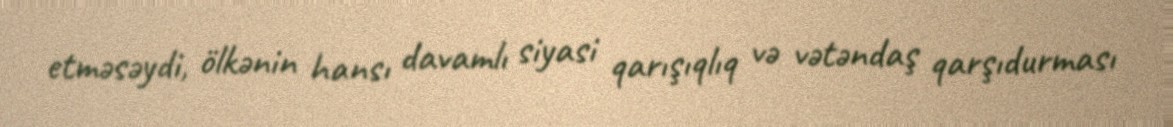
etməsəydi, ölkənin hansı davamlı siyasi qarışıqlıq və vətəndaş qarşıdurması